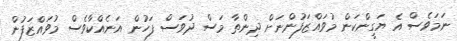
ނަމަވެސް އެ ޔަގީންކަން މުވައްޒަފުންނަށް ދިންތާ މަސް ދުވަސް ފަހުން އަނެއްކާވެސް މުވައްޒަފުން